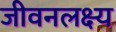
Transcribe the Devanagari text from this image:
जीवनलक्ष्य